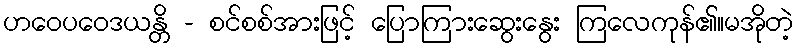
ဟဝေပဝေဒယန္တိ - စင်စစ်အားဖြင့် ပြောကြားဆွေးနွေး ကြလေကုန်၏။မအိုတဲ့